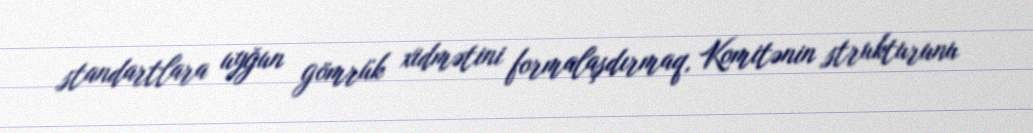
standartlara uyğun gömrük xidmətini formalaşdırmaq, Komitənin strukturunu